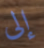
إلى